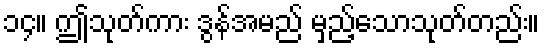
၁၄။ ဤသုတ်ကား ဒွန်အမည် မှည့်သောသုတ်တည်း။